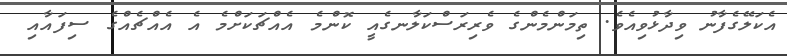
އެކަލޭގެފާނު ވިދާޅުވިއެވެ. ތިމަންމެންގެ ވެރިރަސްކަލާނގެއީ ކޮންމެ އެއްޗަކަށްމެ އެ އެއްޗެއްގެ ސިފައާއި